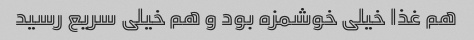
هم غذا خیلی خوشمزه بود و هم خیلی سریع رسید